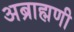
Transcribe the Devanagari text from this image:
अब्राह्मणी